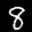
Label: 8